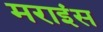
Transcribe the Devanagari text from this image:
मराइंस